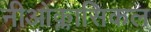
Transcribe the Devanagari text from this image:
नीओक्लासिकल